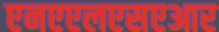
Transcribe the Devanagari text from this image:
एनएएलएसएआर